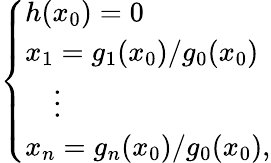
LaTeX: \left\{ \begin{array}{ll}{h(x_{0})=0}\\ {x_{1}=g_{1}(x_{0})/g_{0}(x_{0})}\\ {\quad\vdots}\\ {x_{n}=g_{n}(x_{0})/g_{0}(x_{0}),}\end{array}\right.